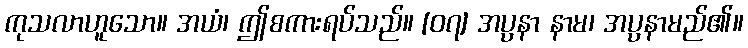
ကုသလာဟူသော။ အယံ၊ ဤစကားရပ်သည်။ [၀၇] အပ္ပနာ နာမ၊ အပ္ပနာမည်၏။